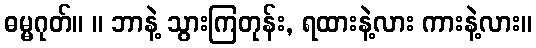
ဓမ္မဂုတ်။ ။ ဘာနဲ့ သွားကြတုန်း, ရထားနဲ့လား ကားနဲ့လား။